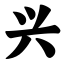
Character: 兴